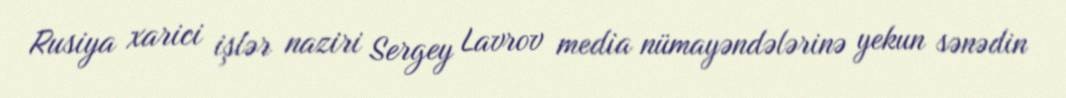
Rusiya xarici işlər naziri Sergey Lavrov media nümayəndələrinə yekun sənədin